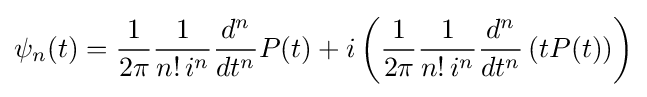
\psi _{n}(t)={\frac {1}{2\pi }}{\frac {1}{n!\,i^{n}}}{\frac {d^{n}}{dt^{n}}}P(t)+i\left({\frac {1}{2\pi }}{\frac {1}{n!\,i^{n}}}{\frac {d^{n}}{dt^{n}}}\left(tP(t)\right)\right)